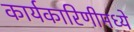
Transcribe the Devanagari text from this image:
कार्यकारिणीमध्ये